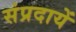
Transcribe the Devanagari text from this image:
संप्रदायें